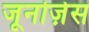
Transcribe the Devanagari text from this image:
जूनोज़ेस